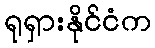
ရုရှားနိုင်ငံက